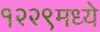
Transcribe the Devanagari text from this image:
१२२९मध्ये